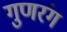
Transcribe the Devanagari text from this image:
गुणरंग